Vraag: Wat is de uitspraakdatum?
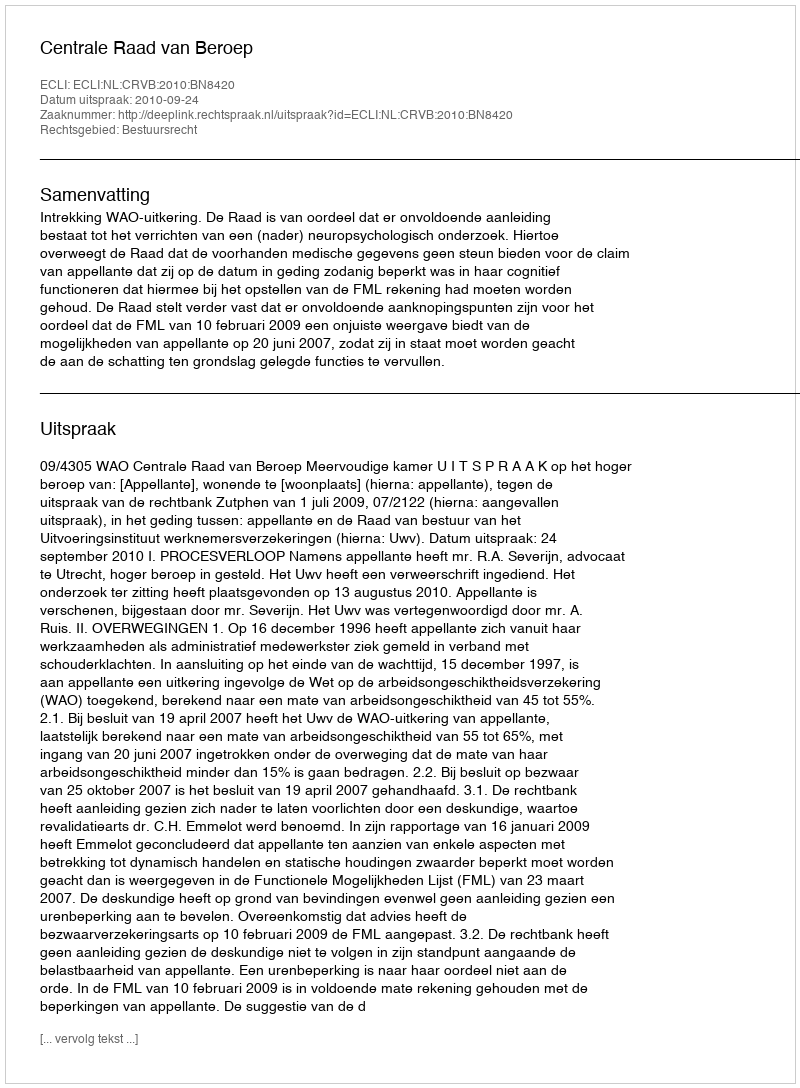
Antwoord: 2010-09-24